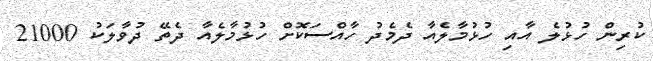
ކުރިން ހުޅުލެ އާއި ހުޅުމާލެއާ ދެމެދު ހާއްސަކޮށް ހުޅުމާލެއާ ދެތޭ ދުވާލަކު 21000